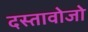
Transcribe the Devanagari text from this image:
दस्तावोजो